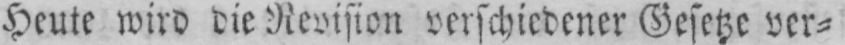
Heute wird die Revision verschiedener Gesetze ver⸗